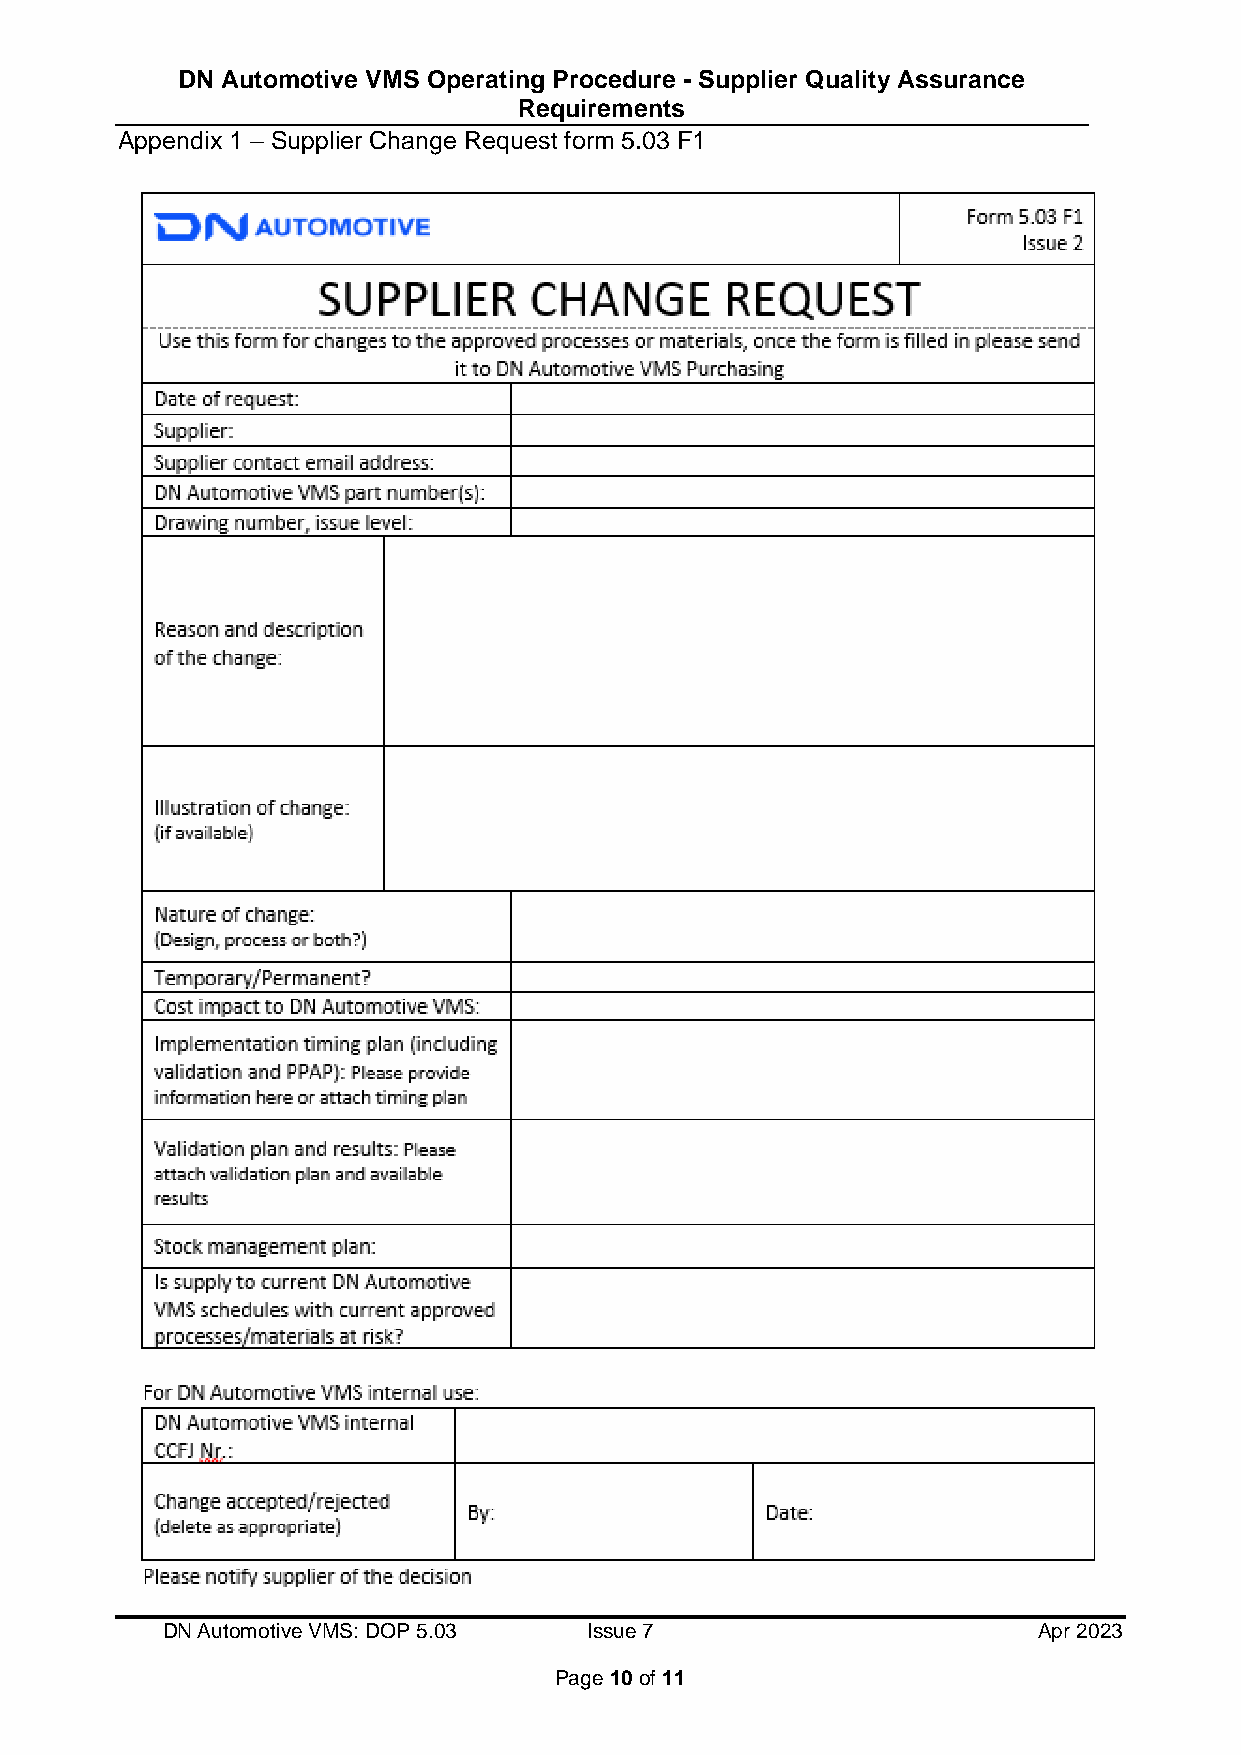
DN Automotive VMS Operating Procedure - Supplier Quality Assurance
 Requirements
 Appendix 1 – Supplier Change Request form 5.03 F1
 DN Automotive VMS: DOP 5.03 Issue 7                       Apr 2023
 Page 10 of 11